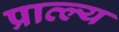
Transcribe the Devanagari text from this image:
प्राव्ल्य